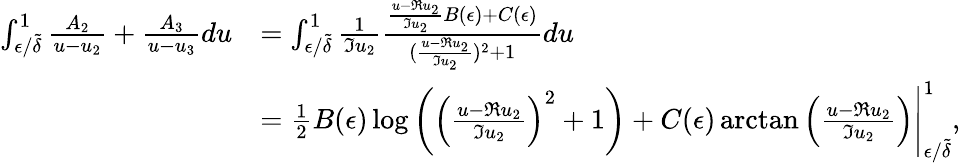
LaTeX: \begin{array}{rl}{\int_{\epsilon/\tilde{\delta}}^{1}\frac{A_{2}}{u-u_{2}}+\frac{A_{3}}{u-u_{3}}du}&{=\int_{\epsilon/\tilde{\delta}}^{1}\frac{1}{\Im u_{2}}\frac{\frac{u-\Re u_{2}}{\Im u_{2}}B(\epsilon)+C(\epsilon)}{(\frac{u-\Re u_{2}}{\Im u_{2}})^{2}+1}du}\\ &{=\frac{1}{2}B(\epsilon)\log\left(\left(\frac{u-\Re u_{2}}{\Im u_{2}}\right)^{2}+1\right)+C(\epsilon)\arctan\left(\frac{u-\Re u_{2}}{\Im u_{2}}\right)\Bigg|_{\epsilon/\tilde{\delta}}^{1},}\end{array}